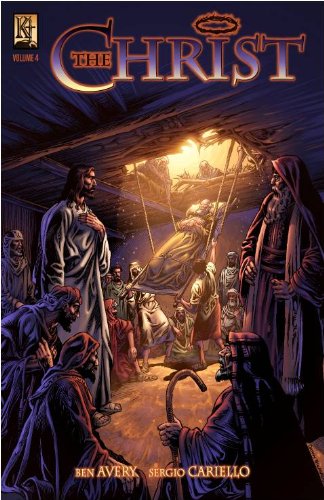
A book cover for The Christ: Volume 4; Ben Avery; Comics & Graphic Novels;